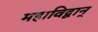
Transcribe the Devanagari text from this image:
महाविद्वान्